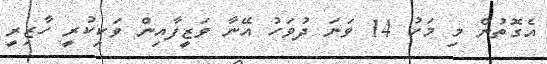
އެގޮތުން މި މަހު 14 ވަނަ ދުވަހު އޭނާ ވަޒީފާއިން ވަކިކުރީ ހާޒިރީ